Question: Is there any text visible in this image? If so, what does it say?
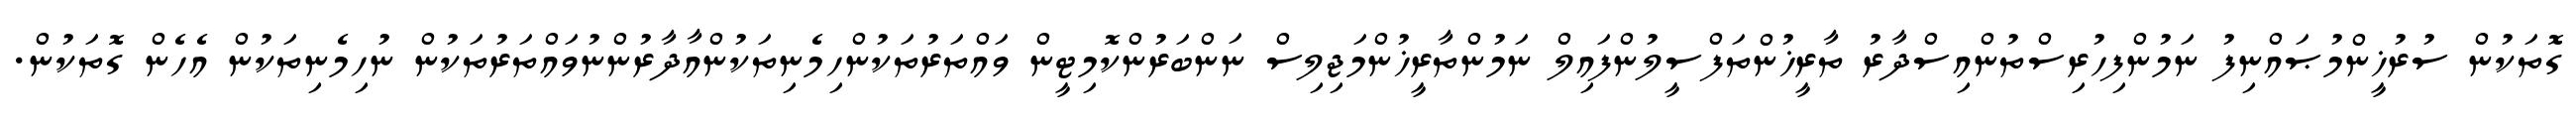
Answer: ގޮތަކުން ސުރުޚީންމުޞައްނިފު ނަމުންފިހުރިސްތުންއިސްދާރު ތާރީޚުންތަފްސީލުންފައިލް ނަމުންތާރީޚުންމަޖިލިސް ނަންބަރުންކޮމިޓީން ވައްތަރުތަކުންހިމެނިތަކުންއާދާރުންނުވައްތަރުތަކުން ނުހިމެނިތަކުން އެހެން ގޮތަކުން.